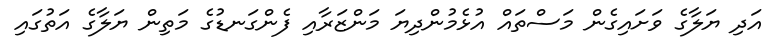
އަދި ޔަލާގެ ވަށައިގެން މަސްތައް އުޅެމުންދިޔަ މަންޒަރާއި ފެންގަނޑުގެ މަތިން ޔަލާގެ އަތުގައި